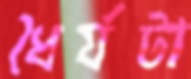
ধৈর্যটা